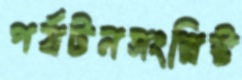
পর্যটনসংশ্লিষ্ট